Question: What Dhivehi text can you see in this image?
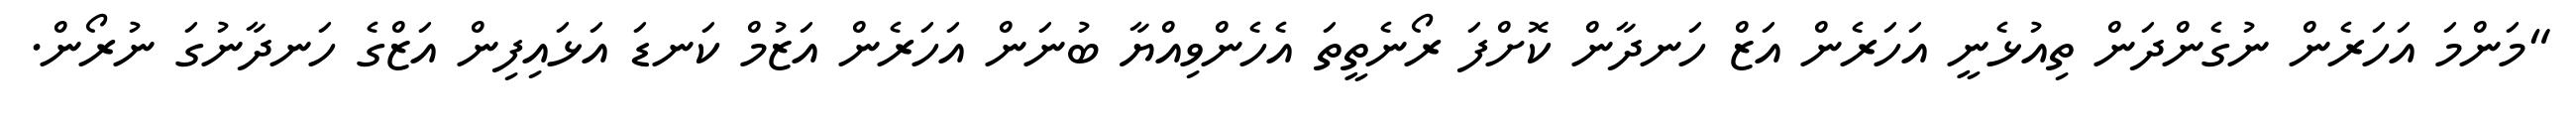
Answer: "މަންމަ އަހަރެން ނުގެންދަން ތިއުޅެނީ އަހަރެން އަޒް ހަނދާން ކޮށްފަ ރޯނެތީތަ އެހެންވިއްޔާ ބުނަން އަހަރެން އަޒުމް ކަނޑަ އަޅައިފިން އަޒްގެ ހަނދާނުގަ ނުރޯން.